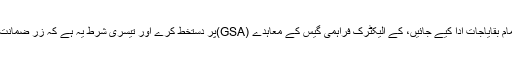
پہلی شرط یہ ہے تمام بقایاجات ادا کیے جائیں، کے الیکٹرک فراہمی گیس کے معاہدے (GSA)پر دستخط کرے اور تیسری شرط یہ ہے کہ زر ضمانت جمع کروایا جائے۔